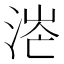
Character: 𣶟